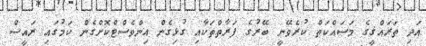
އަދި ތަރައްޤީގެ މަސައްކަތް ކުރެވޭނީ ބޭރުގެ ފަރާތްތަކާއި ގުޅިގެން އިންވެސްޓްކޮށްގެން ކަމުގައި ރައީސް